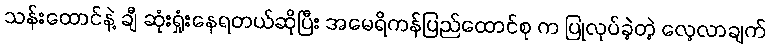
သန်းထောင်နဲ့ ချီ ဆုံးရှုံးနေရတယ်ဆိုပြီး အမေရိကန်ပြည်ထောင်စု က ပြုလုပ်ခဲ့တဲ့ လေ့လာချက်